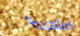
كعاهرة